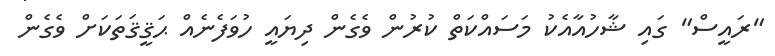
"ރައީސް" ގައި ޝާހުއާއެކު މަސައްކަތް ކުރުން ވެގެން ދިޔައީ ހުވަފެނެއް ޙަޤީޤަތަކަށް ވެގެން